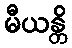
မီယန္တိ